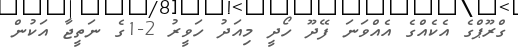
ގްރޫޕްގެ އެކެއްގެ އެއްވަނަ ފޭދޫ ހޯދީ މިއަދު ހަވީރު 2-1ގެ ނަތީޖާ އަކުން